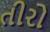
તીરો